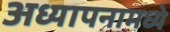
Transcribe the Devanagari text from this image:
अध्यापनामध्ये